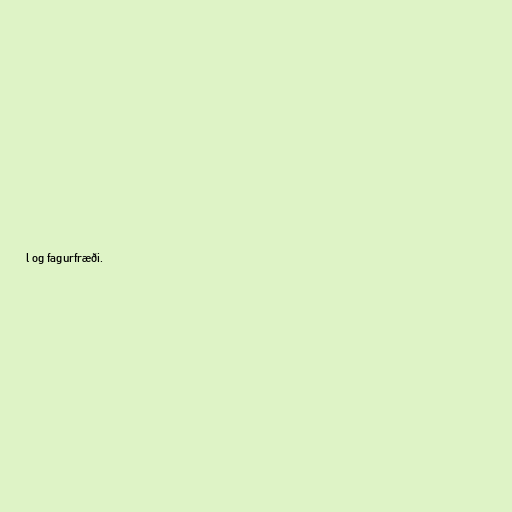
l og fagurfræði.